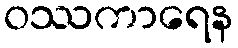
ဝဿကာရေန